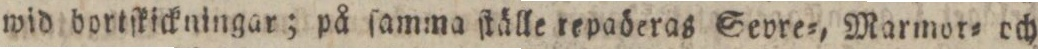
wid bortſkickningar; på ſamma ſtälle repaöeras Sevre=, Marmor= och